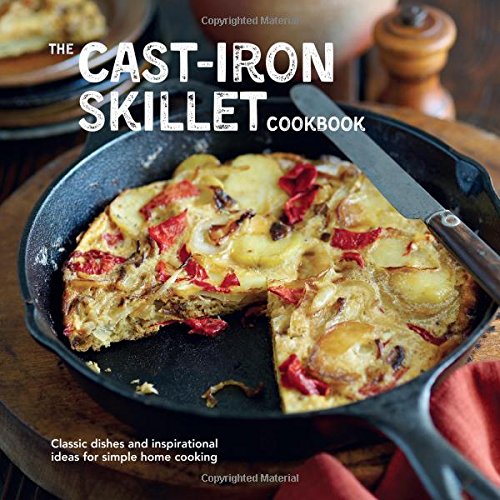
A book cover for Cast-iron Skillet Cookbook: Classic Dishes and Inspirational Ideas for Simple Home Cooking; Peters & Small Ryland; Cookbooks, Food & Wine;